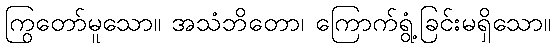
ကြွတော်မူသော။ အသံဘိတော၊ ကြောက်ရွံ့ခြင်းမရှိသော။